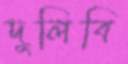
দুলিবি